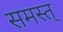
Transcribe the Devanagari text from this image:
समस्त्